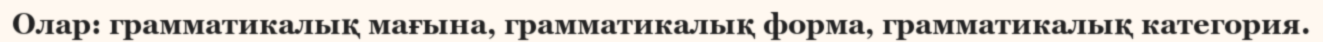
Олар: грамматикалық мағына, грамматикалық форма, грамматикалық категория.